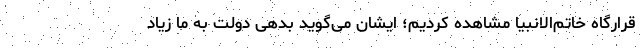
قرارگاه خاتم‌الانبیا مشاهده کردیم؛ ایشان می‌گوید بدهی دولت به ما زیاد